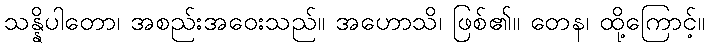
သန္နိပါတော၊ အစည်းအဝေးသည်။ အဟောသိ၊ ဖြစ်၏။ တေန၊ ထို့ကြောင့်။